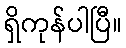
ရှိကုန်ပါပြီ။